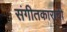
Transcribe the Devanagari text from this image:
संगीतकाराची